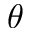
\theta